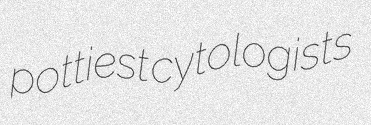
pottiest cytologists